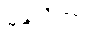
မန္တယိတွာ